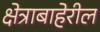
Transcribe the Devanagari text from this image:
क्षेत्राबाहेरील